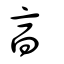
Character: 亯